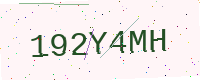
Text: 192Y4MH